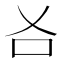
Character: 𠮣